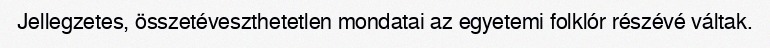
Jellegzetes, összetéveszthetetlen mondatai az egyetemi folklór részévé váltak.